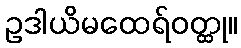
ဥဒါယိမထေရ်ဝတ္ထု။